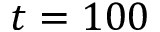
t = 1 0 0